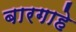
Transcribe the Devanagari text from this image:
बारगाहे